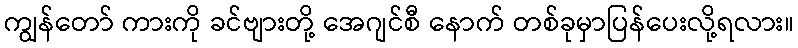
ကျွန်တော် ကားကို ခင်ဗျားတို့ အေဂျင်စီ နောက် တစ်ခုမှာပြန်ပေးလို့ရလား။